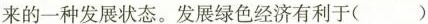
来的一种发展状态。发展绿色经济有利于( )